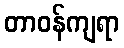
တာဝန်ကျရာ